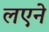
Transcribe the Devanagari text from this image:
लएने